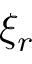
\xi _ { r }